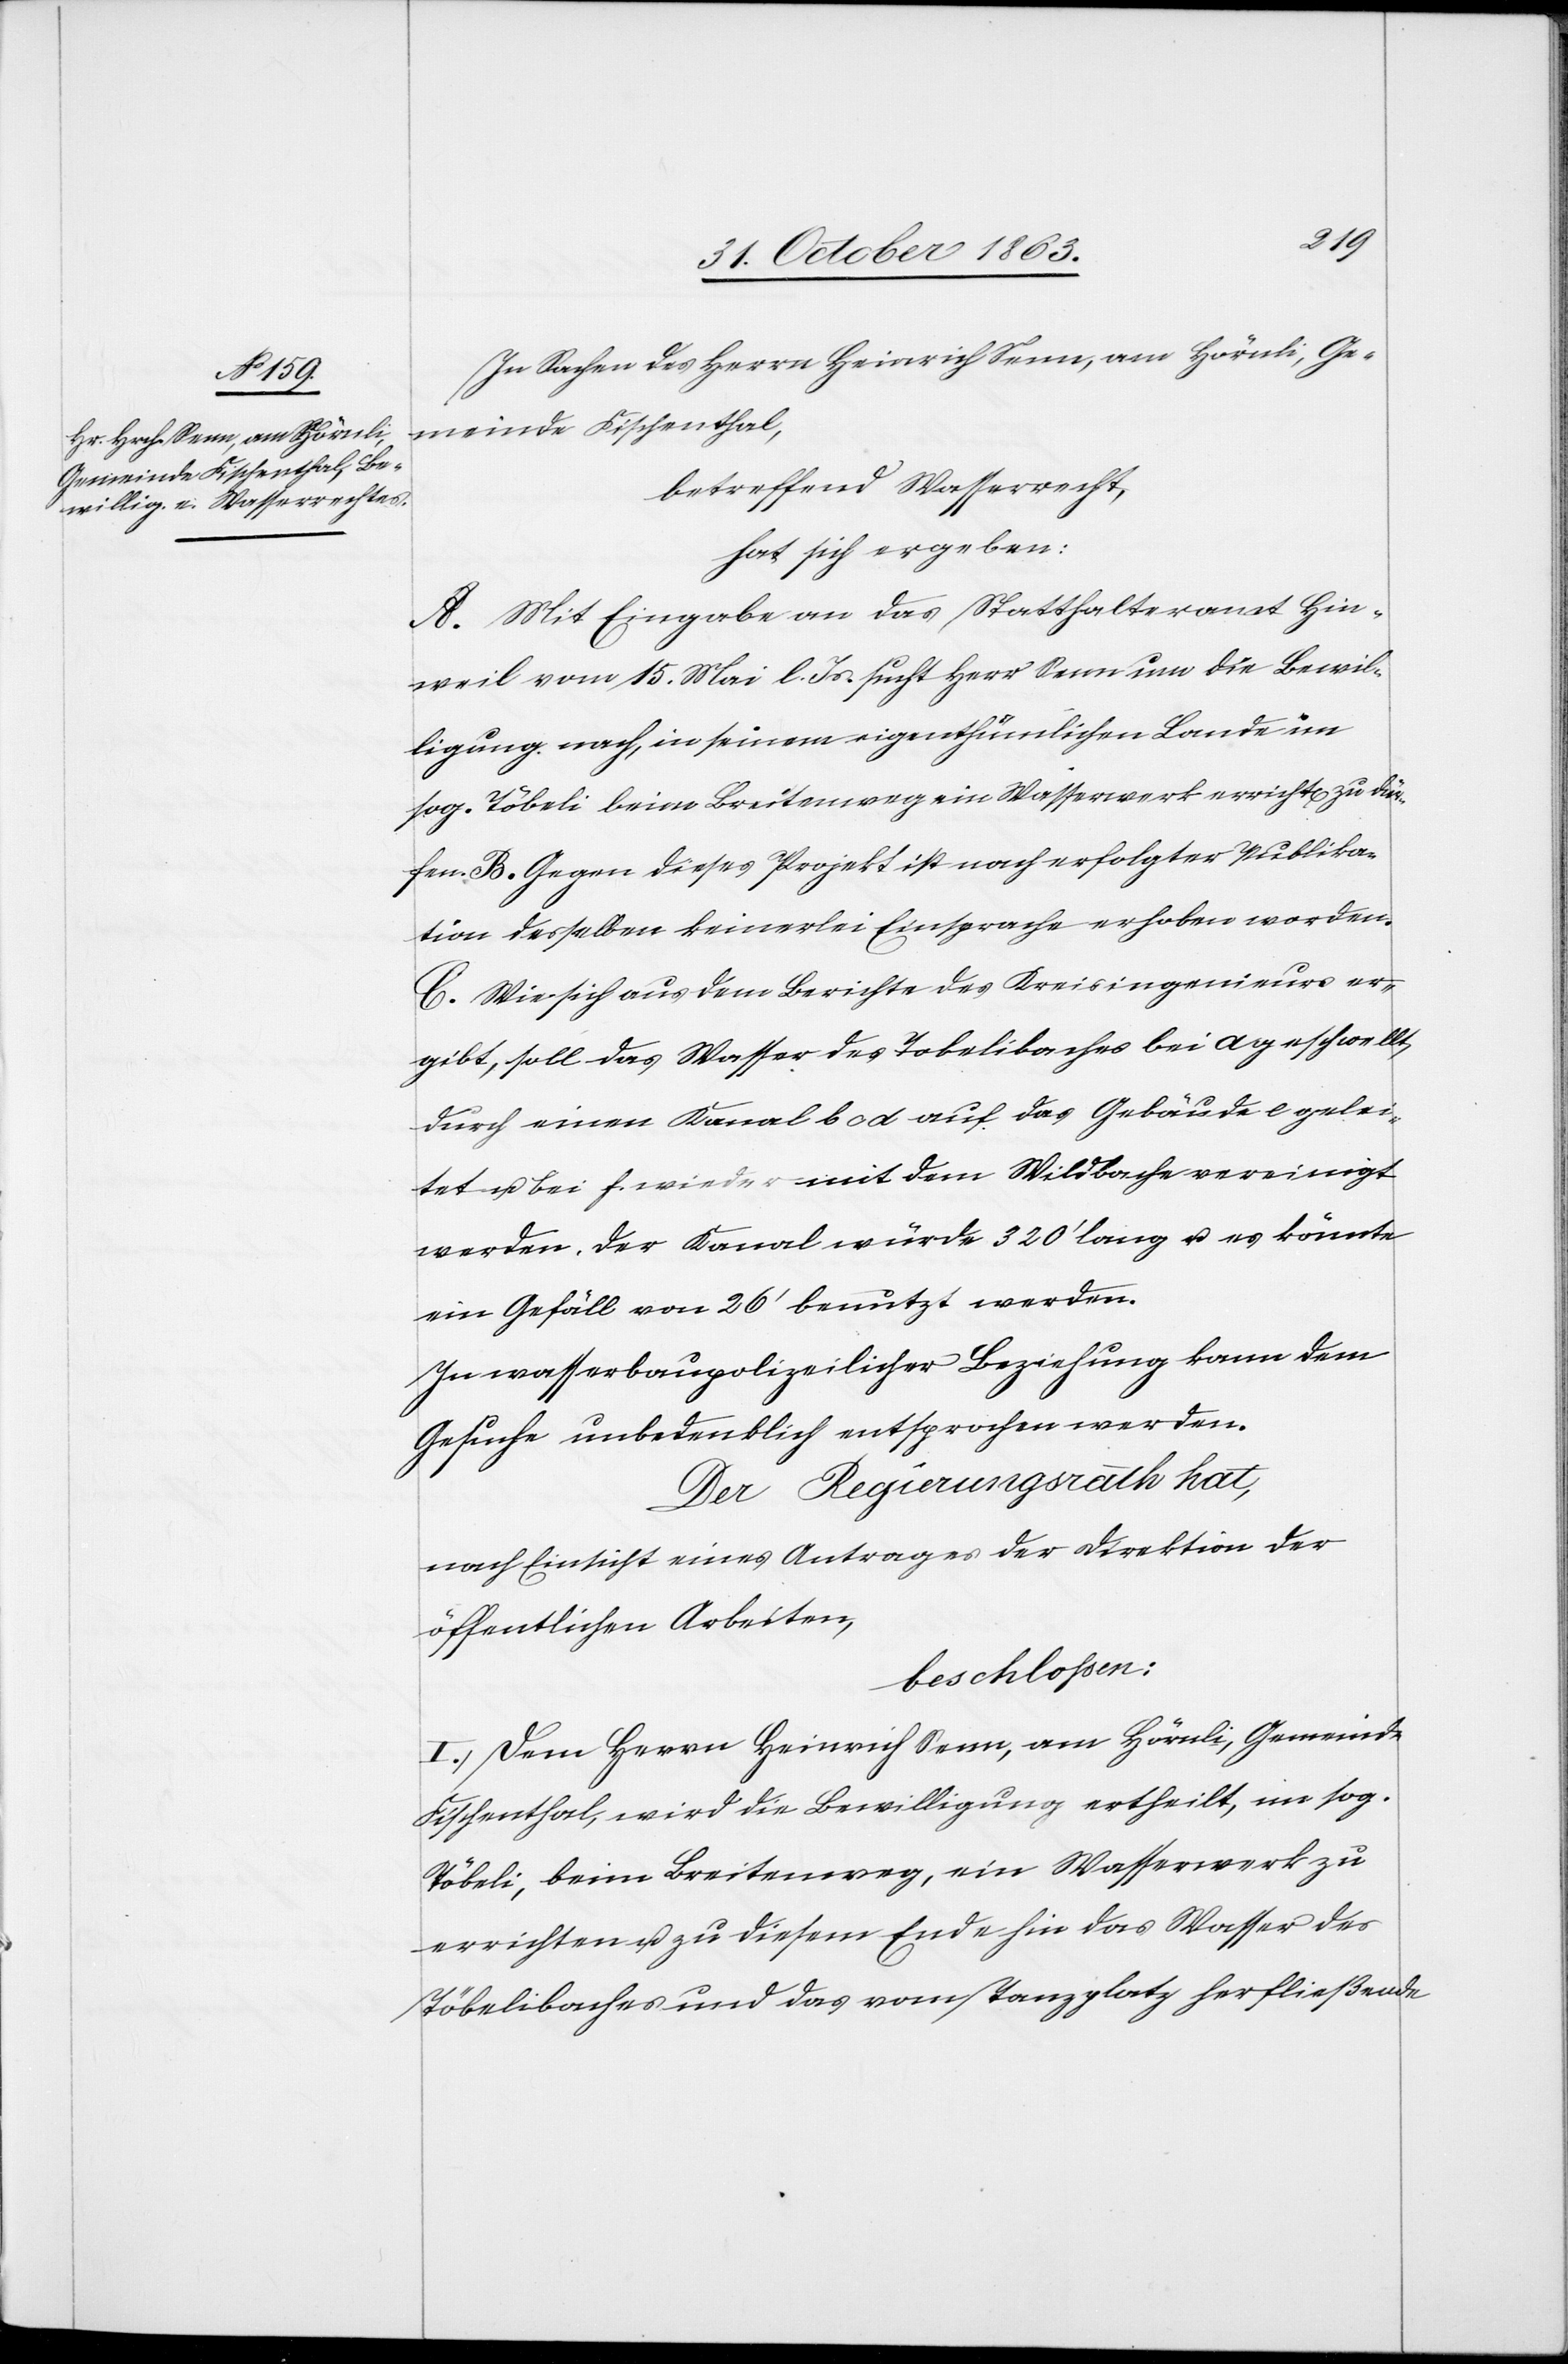
fen.
In Sachen des Herrn Heinrich Senn, am Hörnli, Ge¬
meinde Fischenthal,
betreffend Wasserrecht,
hat sich ergeben:
A. Mit Eingabe an das Statthalteramt Hin¬
weil vom 15. Mai l. Js. sucht Herr Senn um die Bewil¬
ligung nach, in seinem eigenthümlichen Lande im
sog. Töbeli beim Breitenweg ein Wasserwerk erricht[en] zu dür¬
B. Gegen dieses Projekt ist nach erfolgter Publika¬
tion desselben keinerlei Einsprache erhoben worden.
C. Wie sich aus dem Berichte des Kreisingenieurs er¬
gibt, soll das Wasser des Tobelibaches [sic!] bei a geschwellt,
durch einen Kanal b c d auf das Gebäude e gelei¬
tet u. bei f. wieder mit dem Wildbache vereinigt
werden. Der Kanal würde 320' lang u. es könnte
ein Gefäll von 26' benutzt werden.
In wasserbaupolizeilicher Beziehung kann dem
Gesuche unbedenklich entsprochen werden.
Der Regierungsrath hat,
nach Einsicht eines Antrages der Direktion der
öffentlichen Arbeiten,
beschlossen:
I. Dem Herrn Heinrich Senn, am Hörnli, Gemeinde
Fischenthal, wird die Bewilligung ertheilt, im sog.
Töbeli, beim Breitenweg, ein Wasserwerk zu
errichten u. zu diesem Ende hin das Wasser des
Töbelibaches und das vom Tanzplatz herfließende